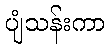
ပျံသန်းကာ